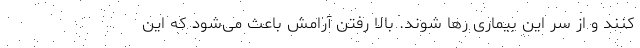
کنند و از سر این بیماری رها شوند. بالا رفتن آرامش باعث می‌شود که این